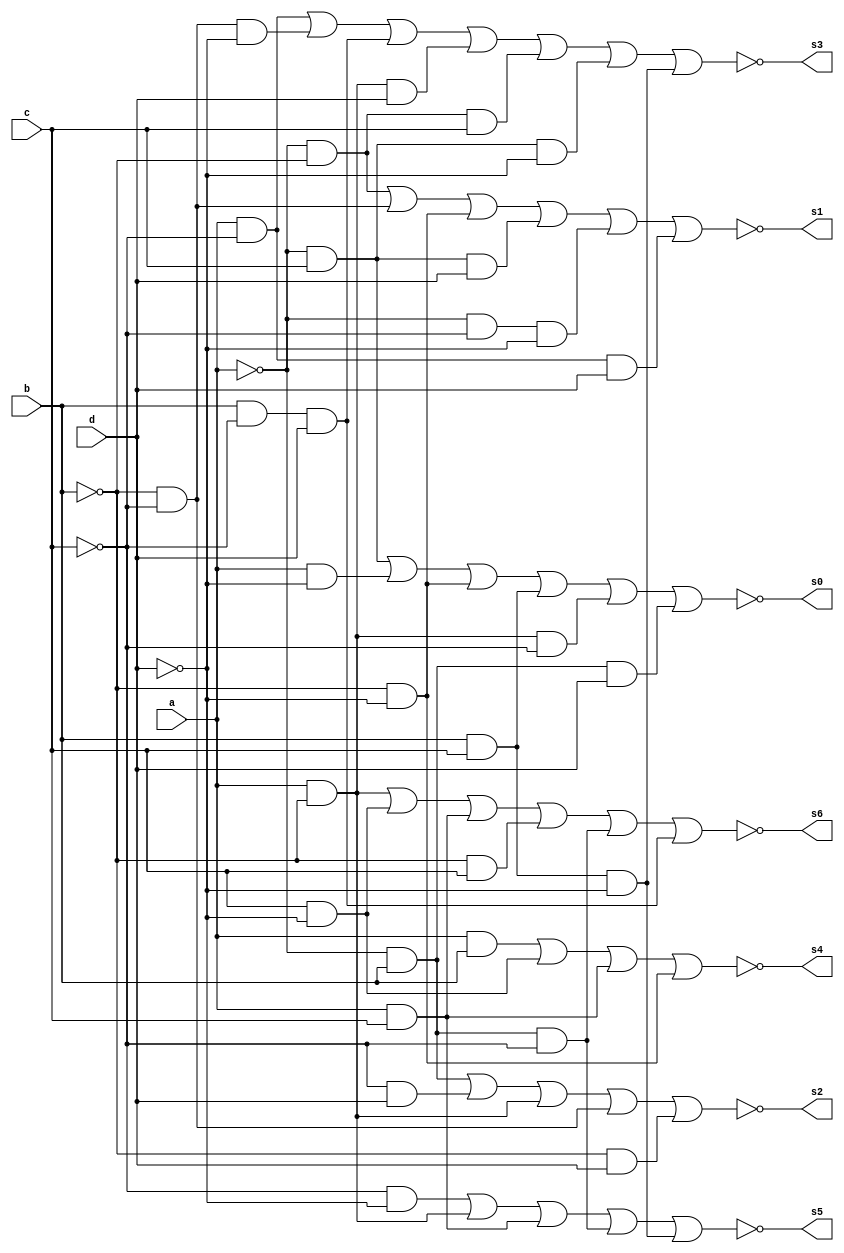
module display(a,b,c,d,s0,s1,s2,s3,s4,s5,s6);

	input a,b,c,d;
	output s0,s1,s2,s3,s4,s5,s6;
	assign s0= !((!a&c) | (a&!d) | (!b&!d) | (b&c) | (a&!b&!c) | (!a&b&d));
	assign s1= !((!a&!b) | (!b&!c) | (!b&!d) | (!a&c&d) | (!a&!c&!d) | (a&!c&d));
	assign s2= !((!a&b) | (!c&d) | (a&!b) | (!b&!c) | (!b&d));
	assign s3= !((a&!c) | (!b&!c&!d) | (b&!c&d) | (a&!b&d) | (!a&!b&c) | (!a&c&!d) | (b&c&!d));
	assign s4= !((a&b) | (c&!d) | (a&c) | (!b&!d));
	 
	assign s5= !((!c&!d) | (a&!b) | (a&c) | (!a&b&!c) | (b&c&!d));
	 
	assign s6= !((a&!b) | (c&!d) | (a&c) | (!b&c) | (!a&b&!c) | (b&!c&d));

endmodule

module hifen(s0,s1,s2,s3,s4,s5,s6);
	output s0,s1,s2,s3,s4,s5,s6;
	assign s0 = 1'b1;
	assign s1 = 1'b1;
	assign s2 = 1'b1;
	assign s3 = 1'b1;
	assign s4 = 1'b1;
	assign s5 = 1'b1;
	assign s6 = 1'b0;
endmodule

module proc(Clock,Reset,Run,data,Done,reg_A,reg_B,contentA,contentB,memoryB,Gtmp,curr_stage,stage,out);

	input Reset, Clock, Run;
	output reg Done; //sinal que informa se a instruao ja terminou
	input [15:0]data;
	output reg [2:0]  reg_A;
	output reg [15:0] contentA;
	output reg [15:0] contentB;
	output reg [15:0] memoryB;
	output reg [2:0]  reg_B;
	output reg [1:0]  curr_stage; // estagio da instruo
	output reg [15:0]out;
	output reg [3:0]stage;
	reg [15:0] InstructionMemory [15:0]; //Memria de instrues
	reg [15:0] RegisterBank [7:0]; // Banco de registradores
	reg [15:0] DataMemory [7:0]; // Memria de dados
	reg [15:0] instruction; // instruo 16 bits
	reg [3:0]  instructionIndex;// ndice da instruo a ser executada
	reg [3:0]  pc; // index da memria de instrues
	reg [5:0]  imediate;
	reg [15:0] tmpreg;
	output reg [15:0] Gtmp;
	reg [15:0] memory_data; // registrador temporrio, armazena dado que vem da memria de dados
	integer i;
	reg Clear;
	
	initial begin
		
		InstructionMemory[0]  = 16'b0000_001_010_000000;//mv  R1,R2  | R.E = 2
		InstructionMemory[1]  = 16'b0001_010_000_000101;//mvi R2,5	 | R.E = 5
		InstructionMemory[2]  = 16'b0010_010_011_000000;//add R2,R3  | R.E = 8
		InstructionMemory[3]  = 16'b0011_100_011_000000;//sub R4,R3  | R.E = 1
		InstructionMemory[4]  = 16'b0100_001_001_000000;//and R1,R1  | R.E = 2
		InstructionMemory[5]  = 16'b0101_000_100_000001;//slt R0,R4  | R.E = 1
		InstructionMemory[6]  = 16'b0101_111_011_000001;//slt R7,R3  | R.E = 0
		InstructionMemory[7]  = 16'b1001_000_100_000000;//ld  R0,R4  | R.E = 1 
		InstructionMemory[8]  = 16'b0001_001_000_000001;//mvi R1,1	 | R.E = 1 
		InstructionMemory[9]  = 16'b1010_011_001_000000;//sd  R3,R1  | R.E = 3
		InstructionMemory[10] = 16'b0010_110_000_000000;//add R6,R0  | R.E = 7
		InstructionMemory[11] = 16'b0010_110_001_000000;//add R6,R1  | R.E = 8
		InstructionMemory[12] = 16'b0000_001_000_000001;//mvi R1,1   | R.E = 1
		InstructionMemory[13] = 16'b0000_001_000_000001;//mvi R2,2   | R.E = 2
		InstructionMemory[14] = 16'b0000_001_000_000001;//sll R2,R1  | R.E = 4
		InstructionMemory[15] = 16'b0000_001_000_000001;//srl R2,R1  | R.E = 2	

		for(i=0;i<8;i=i+1) begin
			RegisterBank[i] = i;
			DataMemory[i] = i;
		end	
		
		pc = 4'b0000; 
		Done = 1'b0;
		curr_stage = 2'b00;
		Gtmp = 0;
		tmpreg = 0;
		stage = 4'b0000;
	end
	
	
	//wire Clear = Done | Reset | ~Run ;
	//contador stage(Clear, Clock,curr_stage);
	
	
	
	always @(posedge Clock) begin
		if (Run) begin
		
			if (Reset) begin
				for(i=0;i<8;i=i+1) begin
					RegisterBank[i] = i;
					DataMemory[i] = i;
				end
				pc = 4'b0000; 
				Done = 1'b0;
				curr_stage = 2'b00;
				Gtmp = 0;
				tmpreg = 0;
			end
			
			
				
			if(Done) begin
				pc = pc + 1'b1;
				Done = 1'b0;
				curr_stage = 2'b00;
				if (pc == 4'b1111) begin
					pc = 4'b0000;
				end
			end

			case (curr_stage)
				2'b00: // busca instruo na memria
				begin
					stage = 4'b1000;
					//instruction = data;
					instruction = InstructionMemory[pc];
					instructionIndex = instruction[15:12];
					reg_A = instruction[11:9];
					reg_B = instruction[8:6];
					imediate = instruction[5:0];
					contentA = RegisterBank[reg_A];
					contentB = RegisterBank[reg_B];
					memoryB = DataMemory[contentB];
				end

				2'b01:begin //define signals in time step 1
				stage = 4'b0100;
				case (instructionIndex)
					4'b0000: //mv
					begin
						RegisterBank[reg_A] = RegisterBank[reg_B];
						Done = 1'b1;
						contentA = RegisterBank[reg_A];
						out = RegisterBank[reg_A];
					end
					
					4'b0001: //mvi
					begin
						RegisterBank[reg_A] = {reg_B,imediate};
						Done = 1'b1;
						contentA = RegisterBank[reg_A];
						out = RegisterBank[reg_A];
					end
					
					4'b0010: //add
					begin
						tmpreg = RegisterBank[reg_A];
					end

					4'b0011: // sub 
					begin
						tmpreg = RegisterBank[reg_A];
					end

					4'b0100: //and 
					begin
						RegisterBank[reg_A] = RegisterBank[reg_A] & RegisterBank[reg_B];
						Done = 1'b1;
						out = RegisterBank[reg_A];
						contentA = RegisterBank[reg_A];
					end

					4'b0101: //slt
					begin
						if (RegisterBank[reg_A] < RegisterBank[reg_B])
							RegisterBank[reg_A] = 1;
						else 
							RegisterBank[reg_A] = 0;

						Done = 1'b1;
						out = RegisterBank[reg_A];
						contentA = RegisterBank[reg_A];
					end

					4'b0110: //sll 
					begin
						RegisterBank[reg_A] = RegisterBank[reg_A] << RegisterBank[reg_B];
						Done = 1'b1;
						out = RegisterBank[reg_A];
						contentA = RegisterBank[reg_A];
					end

					4'b0111: //srl
					begin
						RegisterBank[reg_A] = RegisterBank[reg_A] >> RegisterBank[reg_B];
						Done = 1'b1;
						out = RegisterBank[reg_A];
						contentA = RegisterBank[reg_A];
					end

					4'b1000: //mvnz
					begin
						if (Gtmp != 0) begin
							RegisterBank[reg_A] = RegisterBank[reg_B];
						end
						contentA = RegisterBank[reg_A];
						Done = 1'b1;
					end

					4'b1001: //ld 
					begin
						tmpreg = RegisterBank[reg_B];
					end

					4'b1010: //sd 
					begin
						tmpreg = RegisterBank[reg_A];

					end
				endcase
				end
				2'b10: begin//define signals in time step 2
				stage = 4'b0010;
				case (instructionIndex)
					4'b0010: //add
					begin
						Gtmp = tmpreg + RegisterBank[reg_B];
					end

					4'b0011://sub
					begin
						Gtmp = tmpreg - RegisterBank[reg_B];
					end

					4'b1001: //ld
					begin
						RegisterBank[reg_A] = DataMemory[tmpreg];
						Done = 1'b1;
						out = RegisterBank[reg_A];
						contentA = RegisterBank[reg_A];
					end

					4'b1010: //sd
					begin
						DataMemory[RegisterBank[reg_B]] = tmpreg;
						Done = 1'b1;
						out = RegisterBank[reg_A];
						memoryB = tmpreg;
					end
				
				endcase
				end
				2'b11: begin//define signals in time step 3
				stage = 4'b0001;
				case (instructionIndex)
					4'b0010://add
					begin
						RegisterBank[reg_A] = Gtmp;
						Done = 1'b1;
						contentA = RegisterBank[reg_A];
						out = RegisterBank[reg_A];
					end

					4'b0011://sub
					begin
						RegisterBank[reg_A] = Gtmp;
						Done = 1'b1;
						contentA = RegisterBank[reg_A];
						out = RegisterBank[reg_A];
					end
				endcase
				end
			endcase
			curr_stage = curr_stage + 1'b1;
		end
	end	
endmodule

module processor(SW,LEDR,LEDG,HEX4,HEX7,HEX5,HEX6,HEX1,HEX2,HEX3,HEX0);

	input [17:0]SW;
	output [17:0]LEDR;
	output [8:0]LEDG;
	output [6:0]HEX1;
	output [6:0]HEX2;
	output [6:0]HEX3;
	output [6:0]HEX0;
	output [6:0]HEX6;
	output [6:0]HEX7;
	output [6:0]HEX4;
	output [6:0]HEX5;
	wire Done;
	wire [3:0]stage;
	wire [2:0]reg_A;
	wire [2:0]reg_B;
	wire [15:0]contentA;
	wire [15:0]contentB;
	wire [15:0]Gout;
	wire [15:0]memoryB;
	wire [1:0]curr_stage;
	wire [15:0]out;


	proc pro(SW[17],1'b0,1'b1,SW[16:1],Done,reg_A,reg_B,contentA,contentB,memoryB,Gout,curr_stage,stage,out);
	assign LEDG[8] = Done;
	assign LEDR[3] = stage[3];
	assign LEDR[2] = stage[2];
	assign LEDR[1] = stage[1];
	assign LEDR[0] = stage[0];
	display resul(out[3],out[2],out[1],out[0],HEX0[0],HEX0[1],HEX0[2],HEX0[3],HEX0[4],HEX0[5],HEX0[6]);
	display rega(1'b0,reg_A[2],reg_A[1],reg_A[0],HEX7[0],HEX7[1],HEX7[2],HEX7[3],HEX7[4],HEX7[5],HEX7[6]);
	display regb(1'b0,reg_B[2],reg_B[1],reg_B[0],HEX6[0],HEX6[1],HEX6[2],HEX6[3],HEX6[4],HEX6[5],HEX6[6]);
	display content_a(contentA[3],contentA[2],contentA[1],contentA[0],HEX5[0],HEX5[1],HEX5[2],HEX5[3],HEX5[4],HEX5[5],HEX5[6]);
	display content_b(contentB[3],contentB[2],contentB[1],contentB[0],HEX4[0],HEX4[1],HEX4[2],HEX4[3],HEX4[4],HEX4[5],HEX4[6]);
	display memory_b(memoryB[3],memoryB[2],memoryB[1],memoryB[0],HEX2[0],HEX2[1],HEX2[2],HEX2[3],HEX2[4],HEX2[5],HEX2[6]);
	display out_G(Gout[3],Gout[2],Gout[1],Gout[0],HEX3[0],HEX3[1],HEX3[2],HEX3[3],HEX3[4],HEX3[5],HEX3[6]);
	hifen hif(HEX1[0],HEX1[1],HEX1[2],HEX1[3],HEX1[4],HEX1[5],HEX1[6]);
endmodule